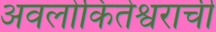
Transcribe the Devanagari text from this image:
अवलोकितेश्वराची